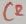
Text: C2